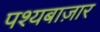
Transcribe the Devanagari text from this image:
पश्यबाज़ार